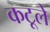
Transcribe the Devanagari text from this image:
कटूले